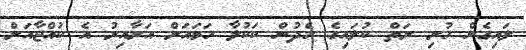
ލައިގެން ހުރި ރަތް ކުލައިގެ ހެދުން ކަކުލާ ހަމައަށް އަރާއިރު އެ ކުއްޖާއަށް